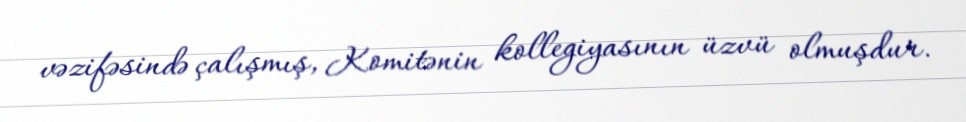
vəzifəsində çalışmış, Komitənin kollegiyasının üzvü olmuşdur.